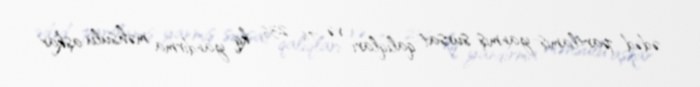
ədəd partlamış-yanmış sursat qalıqları və 76 236 kq yandırma məhsulu aşkar